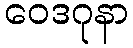
ဝေဒဂုနာ